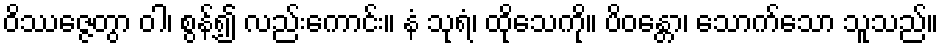
ဝိဿဇ္ဇေတွာ ဝါ၊ စွန့်၍ လည်းကောင်း။ နံ သုရံ၊ ထိုသေကို။ ပိဝန္တော၊ သောက်သော သူသည်။